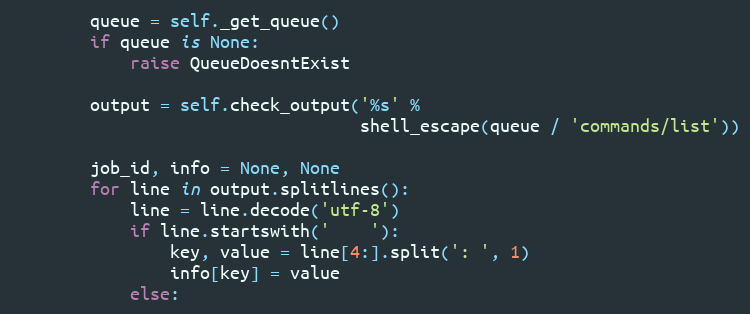
Language: Python
        queue = self._get_queue()
        if queue is None:
            raise QueueDoesntExist

        output = self.check_output('%s' %
                                   shell_escape(queue / 'commands/list'))

        job_id, info = None, None
        for line in output.splitlines():
            line = line.decode('utf-8')
            if line.startswith('    '):
                key, value = line[4:].split(': ', 1)
                info[key] = value
            else: